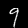
Label: 9